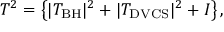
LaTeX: { \cal T } ^ { 2 } = \left\{ | { \cal T } _ { \mathrm { B H } } | ^ { 2 } + | { \cal T } _ { \mathrm { D V C S } } | ^ { 2 } + { \cal I } \right\} ,